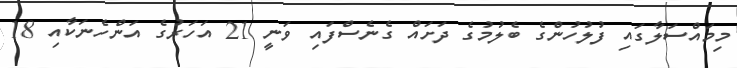
މިމައްސަލާގައި ފުލުހުންގެ ބެލުމުގެ ދަށައް ގެނެސްފައި ވަނީ 21 އަހަރުގެ އަންހެނަކާއި 18